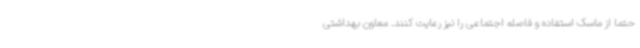
حتماً از ماسک استفاده و فاصله اجتماعی را نیز رعایت کنند. معاون بهداشتی